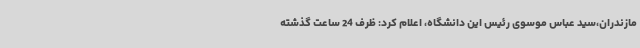
مازندران،سید عباس موسوی رئیس این دانشگاه، اعلام کرد: ظرف 24 ساعت گذشته